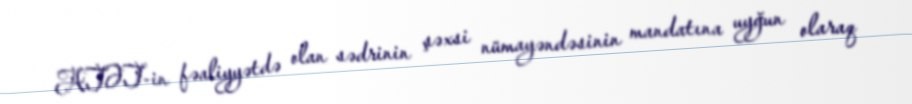
ATƏT-in fəaliyyətdə olan sədrinin şəxsi nümayəndəsinin mandatına uyğun olaraq